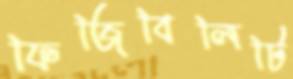
ফিজিবিলিটি